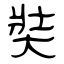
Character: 奘